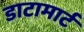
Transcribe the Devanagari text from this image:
डाटामार्ट